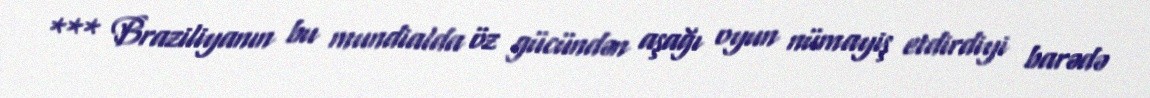
*** Braziliyanın bu mundialda öz gücündən aşağı oyun nümayiş etdirdiyi barədə